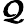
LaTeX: \pmb{\mathcal{Q}}